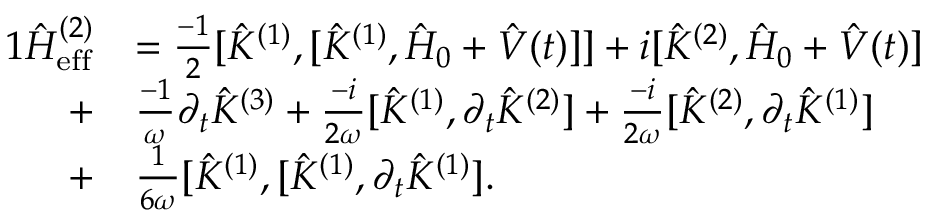
\begin{array} { r l } { { 1 } \hat { H } _ { \mathrm { e f f } } ^ { ( 2 ) } } & { = \frac { - 1 } { 2 } [ \hat { K } ^ { ( 1 ) } , [ \hat { K } ^ { ( 1 ) } , \hat { H } _ { 0 } + \hat { V } ( t ) ] ] + i [ \hat { K } ^ { ( 2 ) } , \hat { H } _ { 0 } + \hat { V } ( t ) ] } \\ { + } & { \frac { - 1 } { \omega } \partial _ { t } \hat { K } ^ { ( 3 ) } + \frac { - i } { 2 \omega } [ \hat { K } ^ { ( 1 ) } , \partial _ { t } \hat { K } ^ { ( 2 ) } ] + \frac { - i } { 2 \omega } [ \hat { K } ^ { ( 2 ) } , \partial _ { t } \hat { K } ^ { ( 1 ) } ] } \\ { + } & { \frac { 1 } { 6 \omega } [ \hat { K } ^ { ( 1 ) } , [ \hat { K } ^ { ( 1 ) } , \partial _ { t } \hat { K } ^ { ( 1 ) } ] . } \end{array}